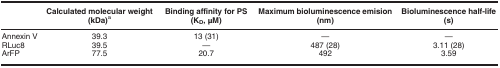
|  | Calculated molecular weight (kDa)a | Binding affinity for PS (KD, μM) | Maximum bioluminescence emision (nm) | Bioluminescence half-life (s) |
 | --- | --- | --- | --- | --- |
 | Annexin V | 39.3 | 13 (31) | — | — |
 | RLuc8 | 39.5 | — | 487 (28) | 3.11 (28) |
 | ArFP | 77.5 | 20.7 | 492 | 3.59 |